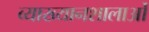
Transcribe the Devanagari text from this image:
व्याख्यानशालाओं